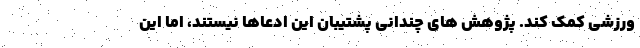
ورزشی کمک کند. پژوهش های چندانی پشتیبان این ادعاها نیستند، اما این